Insane asylums in Bengal annual reports 1867-1875 - 1867-1875
Year: 1867
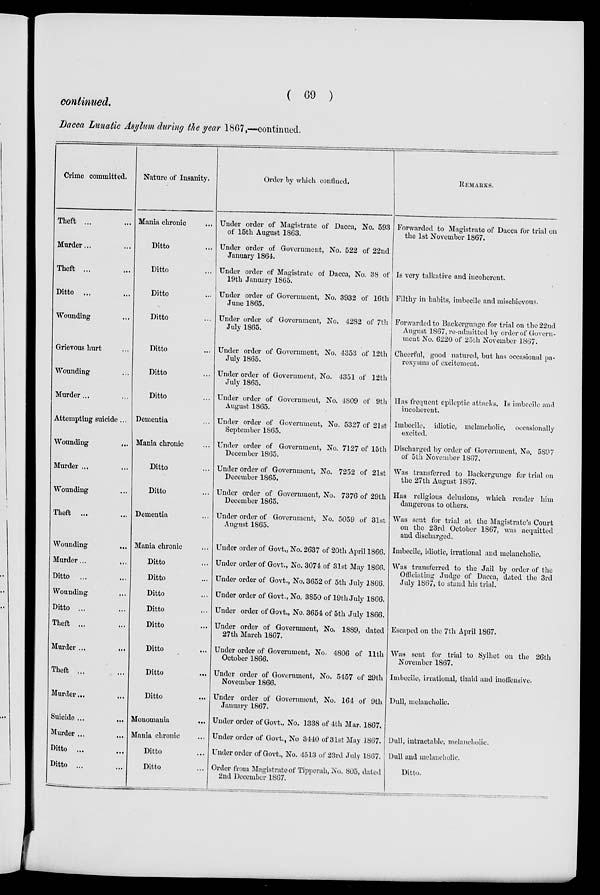
( 69 )
continued.
Dacca Lunatic Asylum during the year 1867,—continued.
Crime committed.
Theft ... ...
Murder... ...
Theft ... ...
Ditto ... ...
Wounding ... ...
Grievous hurt ...
Wounding ...
Murder... ...
Attempting suicide ...
Wounding
...
Murder ... ...
Wounding ...
Theft ... ...
Wounding ...
Murder... ...
Ditto ... ...
Wounding
...
Ditto ... ...
Theft ... ...
Murder ... ...
Theft ... ...
Murder ... ...
Suicide ... ...
Murder ... ...
Ditto ... ...
Ditto ... ...
Nature of Insanity.
Mania chronic ...
Ditto ...
Ditto ...
Ditto ...
Ditto ...
Ditto ...
Ditto ...
Ditto ...
Dementia ...
Mania chronic ...
Ditto ...
Ditto ...
Dementia ...
Mania chronic ...
Ditto ...
Ditto ...
Ditto ...
Ditto ...
Ditto ...
Ditto ...
Ditto
...
Ditto ...
Monomania ...
Mania chronic ...
Ditto ...
Ditto ...
Order by which confined.
Under order of Magistrate of Dacca, No. 593
of 15th August 1863.
Under order of Government, No. 522 of 22nd
January 1864.
Under order of Magistrate of Dacca, No. 38 of
19th January 1865.
Under order of Government, No. 3932 of 16th
June 1865.
Under order of Government, No. 4282 of 7th
July 1865.
Under order of Government, No. 4353 of 12th
July 1865.
Under order of Government, No. 4351 of 12th
July 1865.
Under order of Government, No. 4809 of 9th
August 1865.
Under order of Government, No. 5327 of 21st
September 1865.
Under order of Government, No. 7127 of 15th
December 1865.
Under order of Government, No. 7252 of 21st
December 1865.
Under order of Government, No. 7376 of 29th
December 1865.
Under order of Government, No, 5059 of 31st
August 1865.
Under order of Govt., No. 2637 of 20th April 1866.
Under order of Govt., No. 3074 of 31st May 1866.
Under order of Govt., No. 3652 of 5th July 1866.
Under order of Govt., No. 3850 of 19th July 1866.
Under order of Govt., No. 3654 of 5th July 1866.
Under order of Government, No. 1889, dated
27th March 1867.
Under order of Government, No. 4806 of 11th
October 1866.
Under order of Government, No. 5457 of 29th
November 1866.
Under order of Government, No. 164 of 9th
January 1867.
Under order of Govt., No. 1338 of 4th Mar. 1867.
Under order of Govt., No 3440 of 31st May 1867.
Under order of Govt., No. 4513 of 23rd July 1867.
Order from Magistrate of Tipperah, No. 805, dated
2nd December 1867.
REMARKS.
Forwarded to Magistrate of Dacca for trial on
the 1st November 1867.
Is very talkative and incoherent.
Filthy in habits, imbecile and mischievous.
Forwarded to Backergunge for trial on the 22nd
August 1867, re-admitted by order of Govern-
ment No. 6220 of 25th November 1867.
Cheerful, good natured, but has occasional pa-
roxysms of excitement.
Has frequent epileptic attacks. Is imbecile and
incoherent.
Imbecile, idiotic, melancholic, occasionally
excited.
Discharged by order of Government, No. 5897
of 5th November 1867.
Was transferred to Backergunge for trial on
the 27th August 1867.
Has religious delusions, which render him
dangerous to others.
Was sent for trial at the Magistrate's Court
on the 23rd October 1867, was acquitted
and discharged.
Imbecile, idiotic, irrational and melancholic.
Was transferred to the Jail by order of the
Officiating Judge of Dacca, dated the 3rd
July 1867, to stand his trial.
Escaped on the 7th April 1867.
Was sent for trial to Sylhet on the 26th
November 1867.
Imbecile, irrational, timid and inoffensive.
Dull, melancholic.
Dull, intractable, melancholic.
Dull and melancholic.
Ditto.